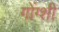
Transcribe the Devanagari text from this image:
गोंग्शी